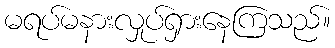
မရပ်မနားလှုပ်ရှားနေကြသည်။